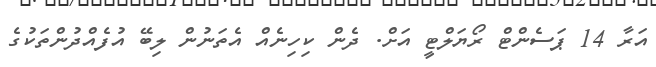
އަރާ 14 ޕަސެންޓް ރޯޔަލްޓީ އަށް. ދެން ކިހިނެއް އެތަނުން ލިބޭ އުފެއްދުންތަކުގެ